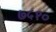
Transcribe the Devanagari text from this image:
७५१०